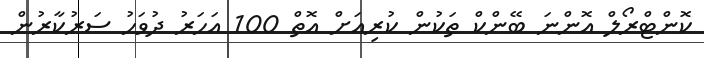
ކޮންޓްރޯލް އޮންނަ ބޭންކް ތަކުން ކުރިއަށް އޮތް 100 އަހަރު ދުވަހު ސަރުކާރުން